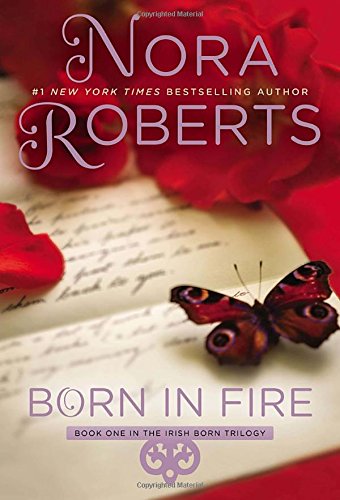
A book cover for Born in Fire: Irish Born Trilogy; Nora Roberts; Literature & Fiction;